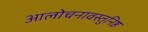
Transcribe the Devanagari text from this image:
आलोचनावस्तुनिष्ठ